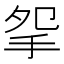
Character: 𢪸